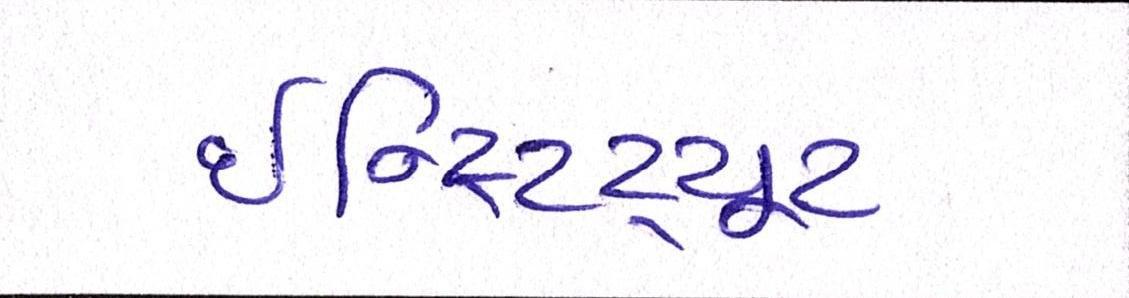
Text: ઈન્સ્ટિટ્યૂટ